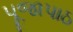
પૂજાપાઠ